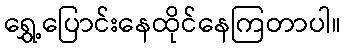
ရွှေ့ပြောင်းနေထိုင်နေကြတာပါ။